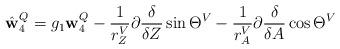
\begin{align*}\hat {\mathbf w}_4^{Q} = g_1 {\mathbf w}_4^Q - \frac 1{r^V_Z} \partial{\delta \over \delta Z} \sin \Theta ^V - \frac 1{r^V_A} \partial{\delta \over \delta A} \cos \Theta ^V\end{align*}